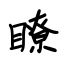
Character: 瞭